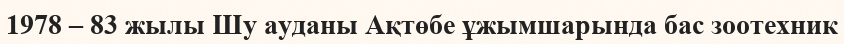
1978 – 83 жылы Шу ауданы Ақтөбе ұжымшарында бас зоотехник